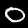
Label: 0